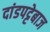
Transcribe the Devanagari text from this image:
दांडपट्टेबाज